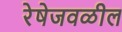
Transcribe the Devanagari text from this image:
रेषेजवळील